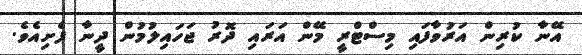
އޭނާ ކުރިން އަރުވާފައި މިސްޓްރީ މޭން އަރައި ދޮރު ޖަހައިލުމުން ދީނާ ފެށިއެވެ.